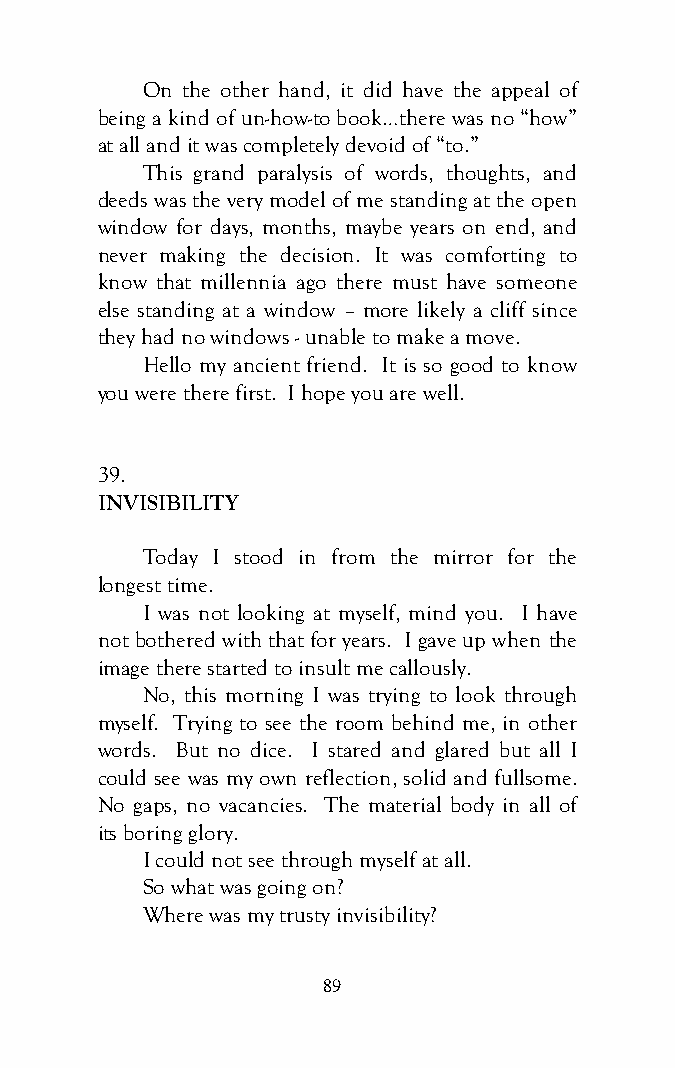
On the other hand, it did have the appeal of
 being a kind of un-how-to book…there was no “how”
 at all and it was completely devoid of “to.”
 This grand paralysis of words, thoughts, and
 deeds was the very model of me standing at the open
 window for days, months, maybe years on end, and
 never making the decision. It was comforting to
 know that millennia ago there must have someone
 else standing at a window – more likely a cliff since
 they had no windows - unable to make a move.
 Hello my ancient friend. It is so good to know
 you were there first. I hope you are well.
 39.
 INVISIBILITY
 Today I stood in from the mirror for the
 longest time.
 I was not looking at myself, mind you. I have
 not bothered with that for years. I gave up when the
 image there started to insult me callously.
 No, this morning I was trying to look through
 myself. Trying to see the room behind me, in other
 words. But no dice. I stared and glared but all I
 could see was my own reflection, solid and fullsome.
 No gaps, no vacancies. The material body in all of
 its boring glory.
 I could not see through myself at all.
 So what was going on?
 Where was my trusty invisibility?
 89